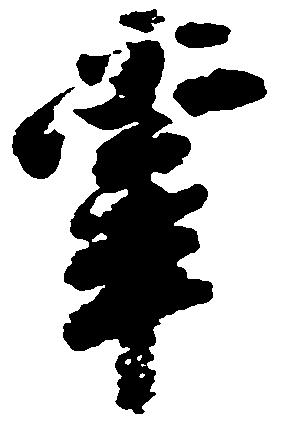
掌